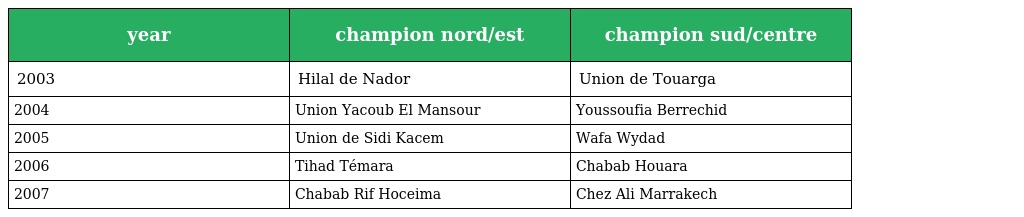
| year | champion nord/est | champion sud/centre |
 | --- | --- | --- |
 | 2003 | Hilal de Nador | Union de Touarga |
 | 2004 | Union Yacoub El Mansour | Youssoufia Berrechid |
 | 2005 | Union de Sidi Kacem | Wafa Wydad |
 | 2006 | Tihad Témara | Chabab Houara |
 | 2007 | Chabab Rif Hoceima | Chez Ali Marrakech |